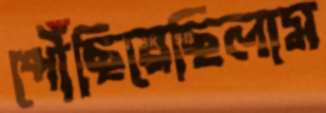
পৌঁছিয়েছিলাম